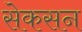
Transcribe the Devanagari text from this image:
सेकसन